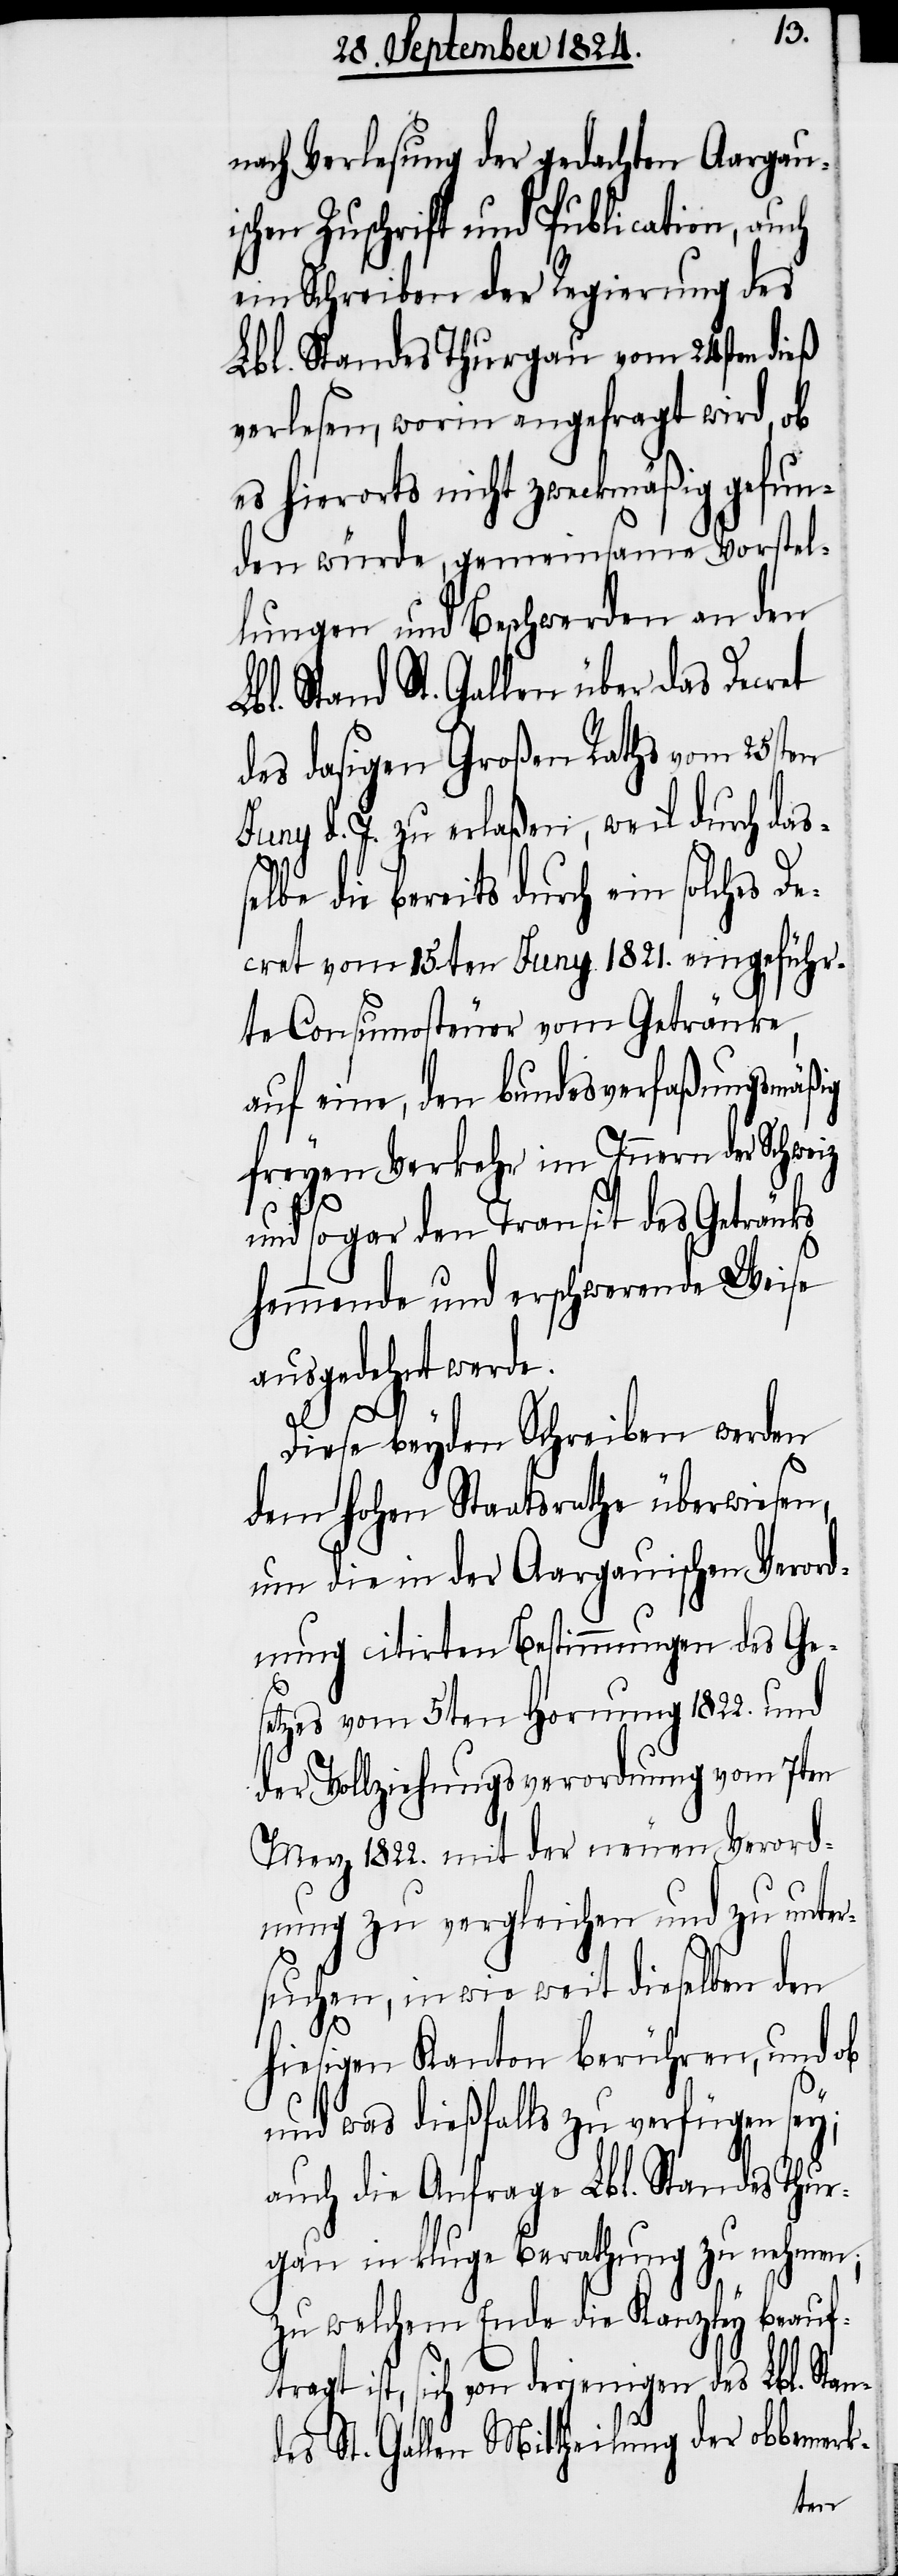
nach Verlesung der gedachten Aargauis¬
chen Zuschrift und Publication, auch
ein Schreiben der Regierung des
Lbl. Standes Thurgau vom 24sten dieß
verlesen, worin angefragt wird, ob
es hierorts nicht zweckmäßig gefun¬
den würde, gemeinsame Vorstel¬
lungen und Beschwerden an den
Lbl. Stand St. Gallen über das Decret
des dasigen Großen Raths vom 25sten
Juny d. J. zu erlaßen, weil durch das¬
die bereits durch ein solches De¬
cret vom 15ten Juny 1821. eingeführ¬
te Consumosteuer vom Getränke,
auf eine, den bundesverfaßungsmäßig
freyen Verkehr im Innern der Schweiz
und sogar den Transit des Getränks
hemmende und erschwerende Weise
ausgedehnt werde.
be
Diese beyden Schreiben werden
dem hohen Staatsrathe überwiesen,
um die in der Aargauischen Verord¬
nung citirten Bestimmungen des Ge¬
setzes vom 5ten Hornung 1822. und
der Vollziehungsverordnung vom 7ten
Merz 1822. mit der neuen Verord¬
nung zu vergleichen und zu unter¬
suchen, in wie weit dieselben den
hiesigen Kanton berühren, und ob
und was dießfalls zu verfügen;
auch die Anfrage Lbl. Standes Thur¬
gau in kluge Berathung zu nehmen;
zu welchem Ende die Kanzley beauft¬
ragt ist, sich von derjenigen des Lbl. Stan¬
des St. Gallen Mittheilung der obbemerk-